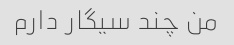
من چند سیگار دارم